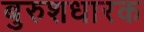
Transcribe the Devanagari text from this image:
बुरुशधारक